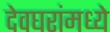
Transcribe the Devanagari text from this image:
देवघरांमध्ये